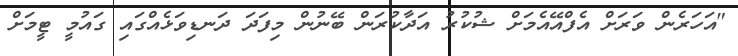
"އަހަރެން ވަރަށް އެފްއޭއެމަށް ޝުކުރު އަދާކުރަން ބޭނުން މިފަދަ ދަނޑިވަޅެއްގައި ގައުމީ ޓީމަށް